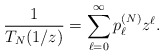
\begin{align*}\frac{1}{T_{N}(1/z)} = \sum_{\ell=0}^{\infty} p_{\ell}^{(N)} z^{\ell}.\end{align*}